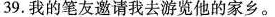
39.我的笔友邀请我去游览他的家乡。